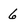
Character: 6